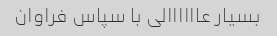
بسیار عاااااالی با سپاس فراوان